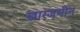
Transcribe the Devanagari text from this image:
खारजमीन